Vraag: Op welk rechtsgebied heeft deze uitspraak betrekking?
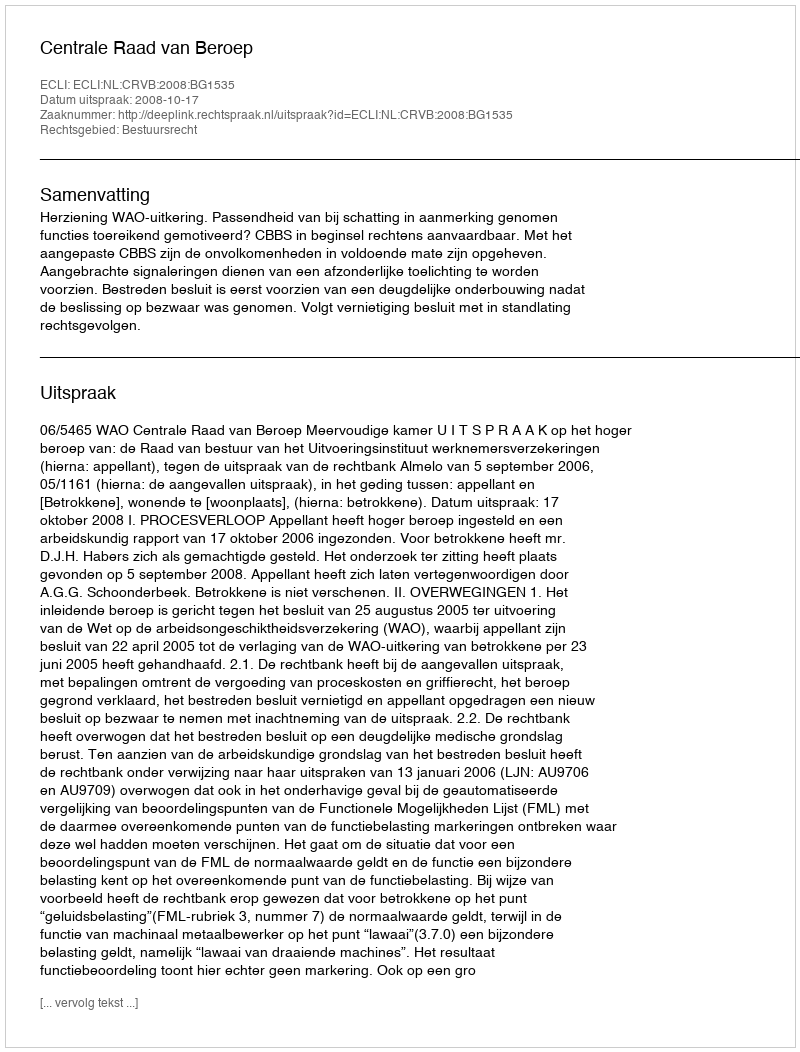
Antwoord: Bestuursrecht